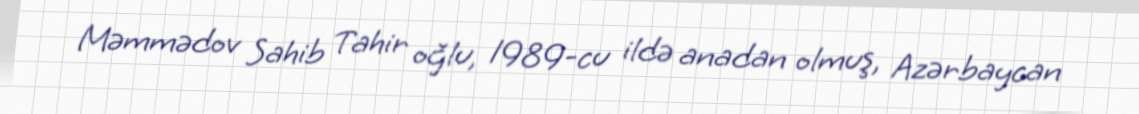
Məmmədov Sahib Tahir oğlu, 1989-cu ildə anadan olmuş, Azərbaycan